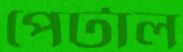
পেটাল